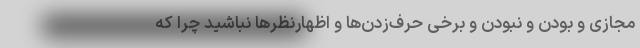
مجازی و بودن و نبودن و برخی حرف‌زدن‌ها و اظهارنظرها نباشید چرا که